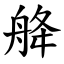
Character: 舽